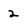
Character: 2